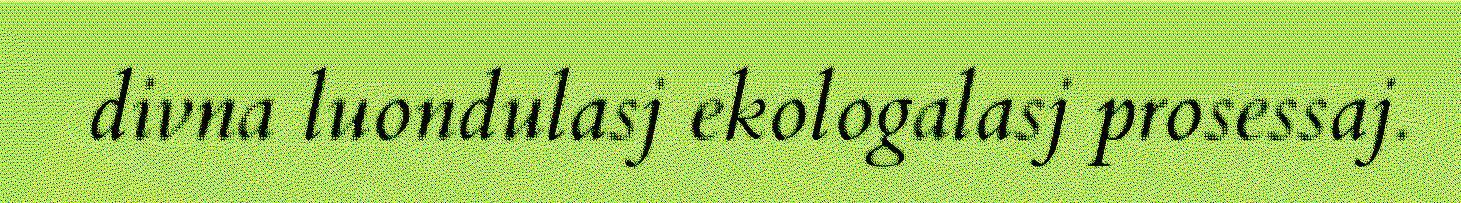
divna luondulasj ekologalasj prosessaj.